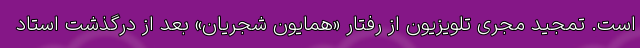
است. تمجید مجری تلویزیون از رفتار «همایون شجریان» بعد از درگذشت استاد